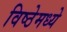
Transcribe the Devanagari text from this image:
विष्ठेमध्ये